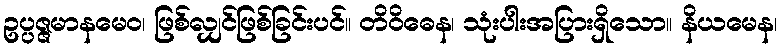
ဥပ္ပဇ္ဇမာနမေဝ၊ ဖြစ်လျှင်ဖြစ်ခြင်းပင်။ တိဝိဓေန၊ သုံးပါးအပြားရှိသော။ နိယမေန၊